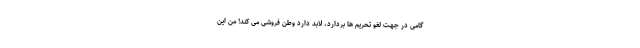
گامی در جهت لغو تحریم ها بردارد، لابد دارد وطن فروشی می کند! من این